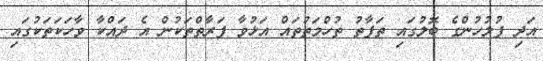
އަދި ފުލުހުންގެ ބޮލުގައި ތަފާތު ތުހްމަތުތައް އަޅުވާ ފަރާތްތަކުން އެ ދައްކާ ވާހަކަތަކުގައި